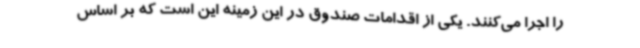
را اجرا می‌کنند. یکی از اقدامات صندوق در این زمینه این است که بر اساس